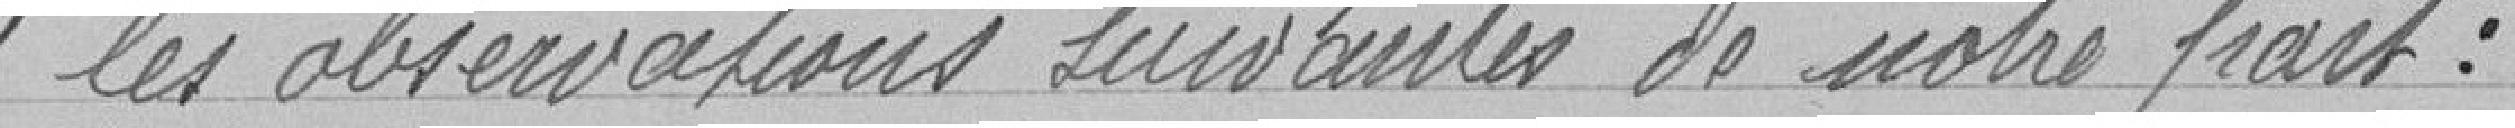
" les observations suivantes de notre part :